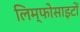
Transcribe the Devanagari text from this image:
लिम्फोसाइटों